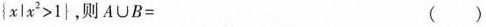
$$x | x ^{2} > 1 }$$，则$$A ∪ B =$$ （）